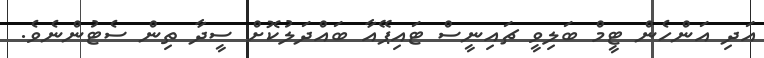
އަދި އަންހެން ޓީމް ބަލިވީ ޗައިނީސް ޓައިޕޭއާ ބައްދަލުކޮށް ސީދާ ތިން ސެޓުންނެވެ.